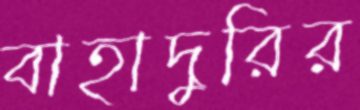
বাহাদুরির